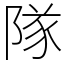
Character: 隊